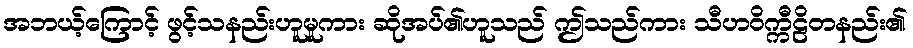
အဘယ့်ကြောင့် ဖွင့်သနည်းဟူမူကား ဆိုအပ်၏ဟူသည် ဤသည်ကား သီဟဝိက္ကီဠိတနည်း၏